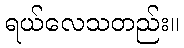
ရယ်လေသတည်း။